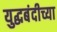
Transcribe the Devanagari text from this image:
युद्धबंदीच्या